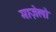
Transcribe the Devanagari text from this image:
माज़ेलो